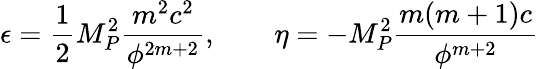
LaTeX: \epsilon=\frac{1}{2}M_{P}^{2}\frac{m^{2}c^{2}}{\phi^{2m+2}},\quad\quad\eta=-M_{P}^{2}\frac{m(m+1)c}{\phi^{m+2}}